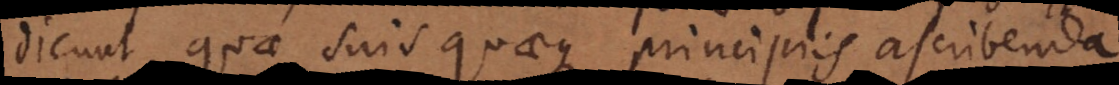
dicunt, quae suis quaeque principiis ascribenda